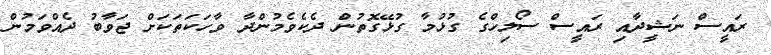
ރައީސް ނަޝީދާއި ރައީސް ސޯލިހްގެ ގުޅުމާ ގުޅޭގޮތުން ދެކެވެމުންދާ ވާހަކަތަކަށް ޖަވާބު ދެއްވަމުން